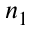
n _ { 1 }